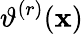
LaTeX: \vartheta^{(r)}(\mathbf{x})